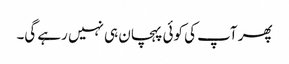
پھر آپ کی کوئی پہچان ہی نہیں رہے گی۔